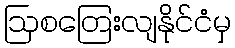
ဩစတြေးလျနိုင်ငံမှ